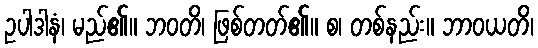
ဥပါဒါနံ၊ မည်၏။ ဘဝတိ၊ ဖြစ်တတ်၏။ စ၊ တစ်နည်း။ ဘာဝယတိ၊